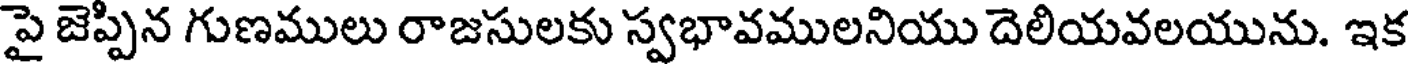
పై జెప్పిన గుణములు రాజసులకు స్వభావములనియు దెలియవలయును. ఇక